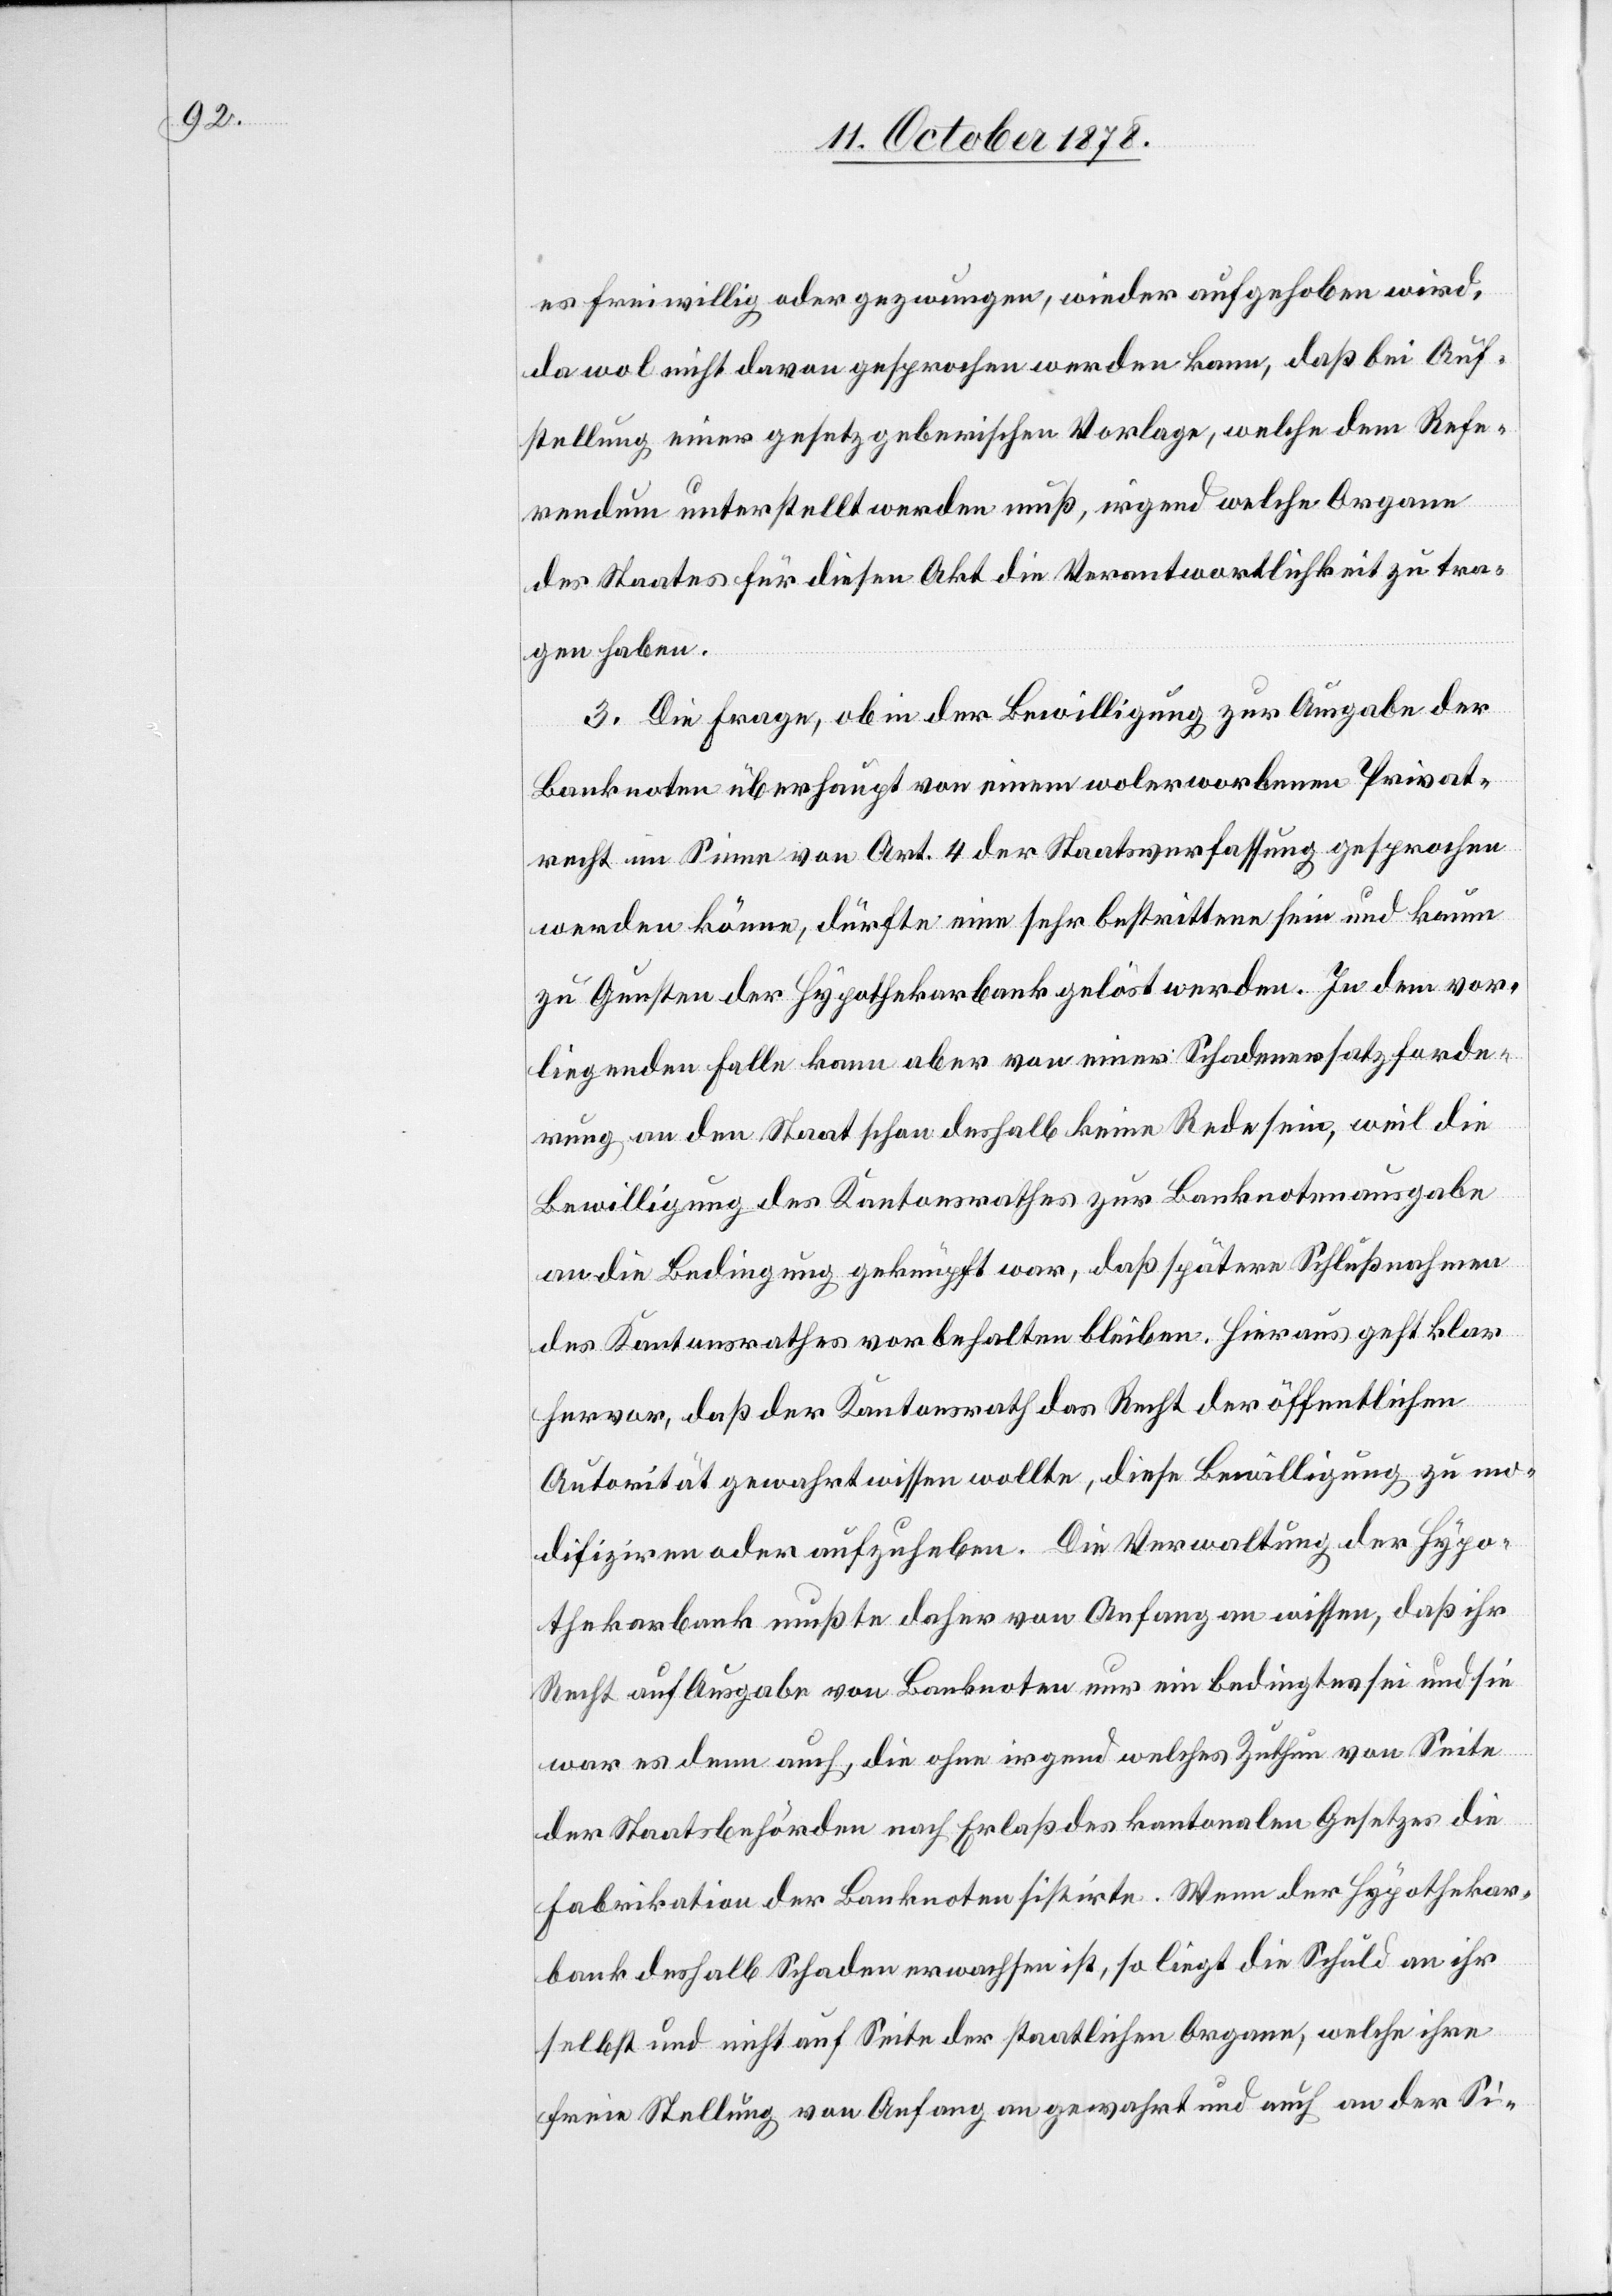
es freiwillig oder gezwungen, wieder aufgehoben wird,
da wol nicht davon gesprochen werden kann, daß bei Auf¬
stellung einer gesetzgeberischen Vorlage, welche dem Refe¬
rendum unterstellt werden muß, irgend welche Organe
des Staats für diesen Akt die Verantwortlichkeit zu tra¬
gen haben.
3. Die Frage, ob in der Bewilligung zur Ausgabe der
Banknoten überhaupt von einem wolerworbenen Privat¬
recht im Sinne von Art. 4 der Staatsverfassung gesprochen
werden könne, dürfte eine sehr bestrittene sein und kaum
zu Gunsten der Hypothekarbank gelöst werden. In dem vor¬
liegenden Falle kann aber von einer Schadenersatzforde¬
rung an den Staat schon deshalb keine Rede sein, weil die
Bewilligung des Kantonsrathes zur Banknotenausgabe
an die Bedingung geknüpft war, daß spätere Schlußnahmen
des Kantonsrathes vorbehalten bleiben. Hieraus geht klar
hervor, daß der Kantonsrath das Recht der öffentlichen
Autorität gewahrt wissen wollte, diese Bewilligung zu mo¬
difiziren oder aufzuheben. Die Verwaltung der Hypo¬
thekarbank mußte daher von Anfang an wissen, daß ihr
Recht auf Ausgabe von Banknoten nur ein bedingtes sei und sie
war es denn auch, die ohne irgend welches Zuthun von Seite
der Staatsbehörden nach Erlaß des kantonalen Gesetzes die
Fabrikation der Banknoten sistirte. Wenn der Hypothekar¬
bank deshalb Schaden erwachsen ist, so liegt die Schuld an ihr
selbst und nicht auf Seite der staatlichen Organe, welche ihre
freie Stellung von Anfang an gewahrt und auch an der Si-